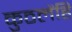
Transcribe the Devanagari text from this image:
कुठलेंहि